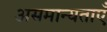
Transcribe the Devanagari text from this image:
असमान्यताएँ